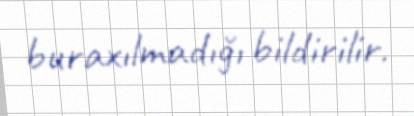
buraxılmadığı bildirilir.